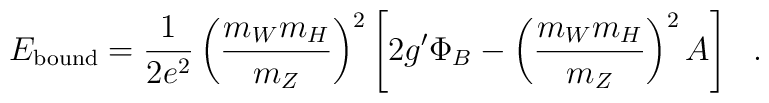
E_{\rm bound}=\frac{1}{2 e^2}\left( \frac{m_W m_H}{m_Z}\right)^2\left[2 g^{\prime} \Phi_B- \left( \frac{m_W m_H}{m_Z}\right)^2 A\right]~~.